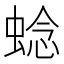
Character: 𬠖